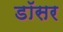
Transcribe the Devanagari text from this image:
डॉसर